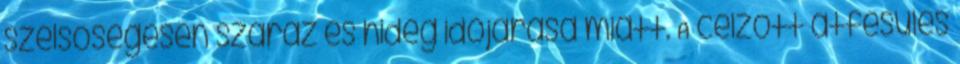
szélsőségesen száraz és hideg időjárása miatt. A célzott átfésülés